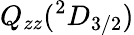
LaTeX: Q_{zz}({^2D}_{3/2})